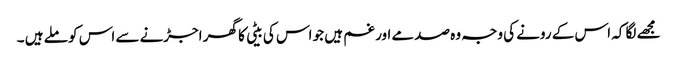
مجھے لگا کہ اس کے رونے کی وجہ وہ صدمے اور غم ہیں جو اس کی بیٹی کا گھر اجڑنے سے اس کو ملے ہیں ۔